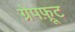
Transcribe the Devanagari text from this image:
ग्रेपफ़्रूट